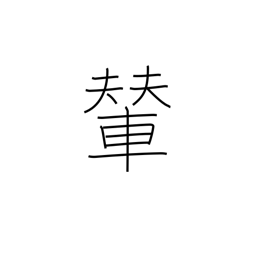
Meaning: palanquin